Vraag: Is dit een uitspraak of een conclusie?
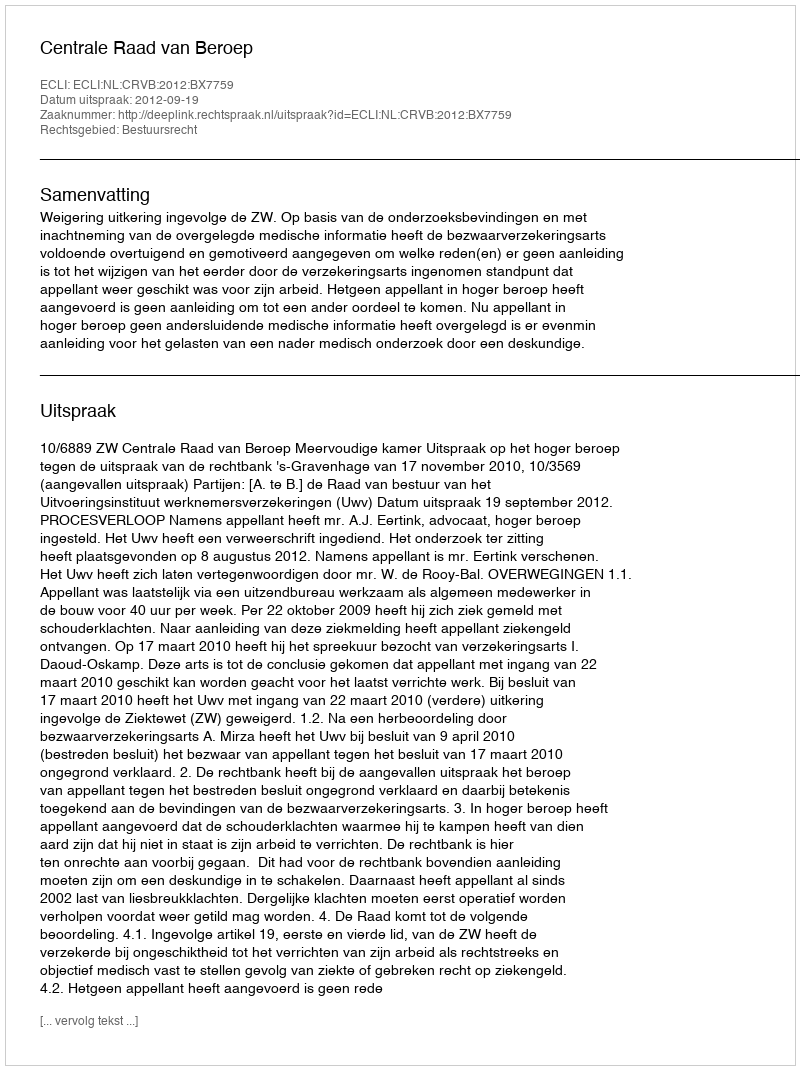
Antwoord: Uitspraak